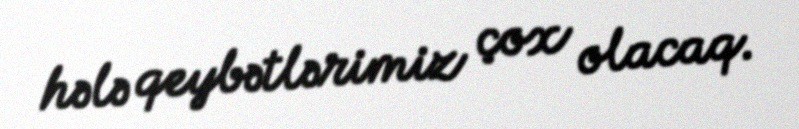
hələ qeybətlərimiz çox olacaq.